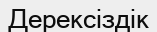
Дерексіздік